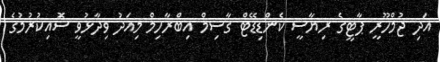
އަދި ޖުމްހޫރީ ޕާޓީގެ ރިޔާސީ ކެންޑިޑޭޓް ގާސިމް އިބްރާހިމް މިއަދު ވިދާޅުވީ ސޮައިކުރުމުގެ